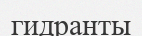
гидранты